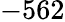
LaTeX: -562